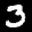
Label: 3